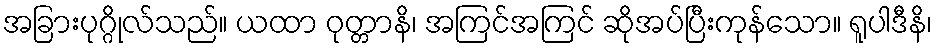
အခြားပုဂ္ဂိုလ်သည်။ ယထာ ဝုတ္တာနိ၊ အကြင်အကြင် ဆိုအပ်ပြီးကုန်သော။ ရူပါဒီနိ၊